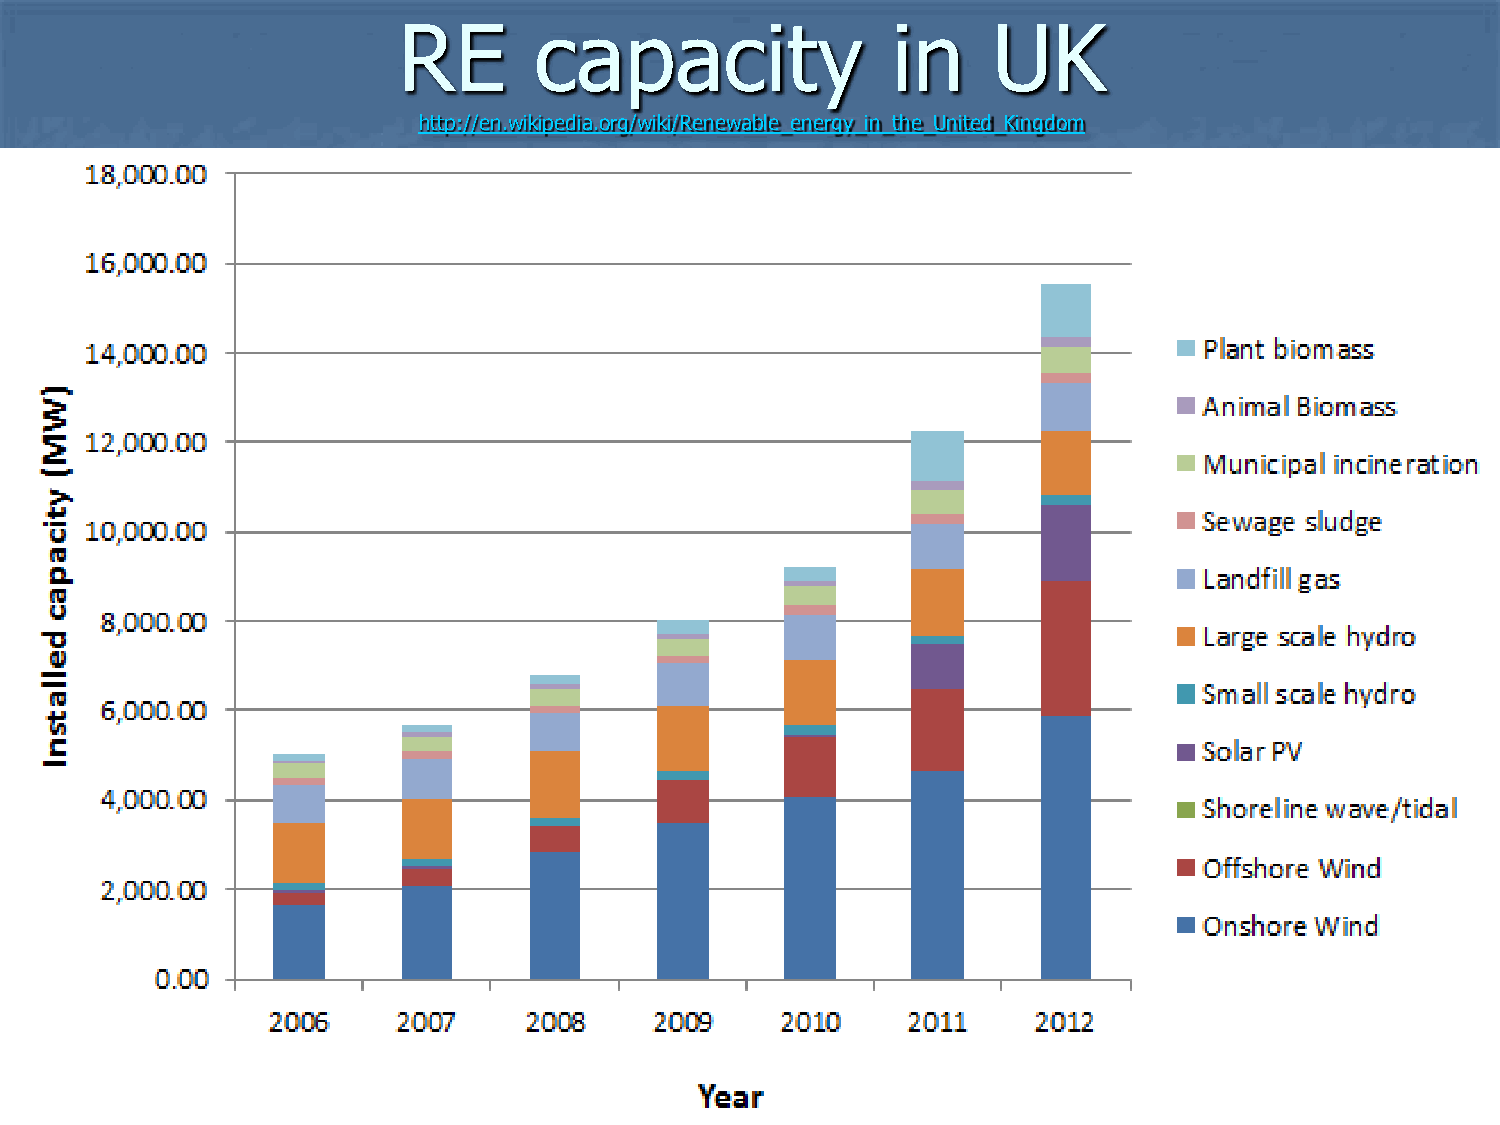
RE       capacity                in     UK
 http://en.wikipedia.org/wiki/Renewable_energy_in_the_United_Kingdom